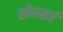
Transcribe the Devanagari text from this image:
सोरसर्र